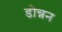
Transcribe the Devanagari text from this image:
डोन्नन